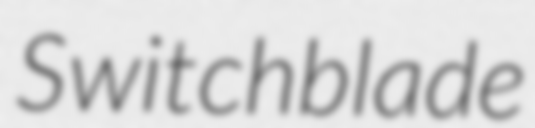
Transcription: Switchblade